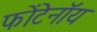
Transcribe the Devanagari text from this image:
फोंटेनॉय